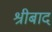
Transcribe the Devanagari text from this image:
श्रीबाद